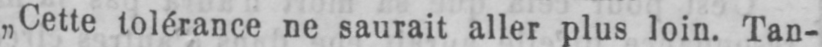
„Cette tolérance ne saurait aller plus loin. Tan-